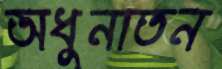
অধুনাতন